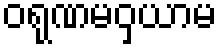
ဝရုဏမဝှယာမ